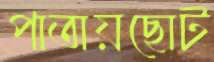
পাতায়ছোট